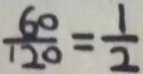
\frac { 6 0 } { 1 2 0 } = \frac { 1 } { 2 }